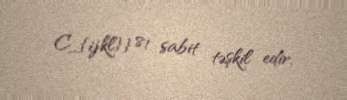
C_{ijkl}} 81 sabit təşkil edir.